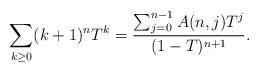
LaTeX: \begin{align*}\sum_{k\geq 0}(k+1)^nT^k=\frac{\sum_{j=0}^{n-1}A(n,j)T^j}{(1-T)^{n+1}}.\end{align*}